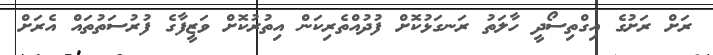
ރަށް ރަށުގެ އިގްތިސޯދީ ހާލަތު ރަނގަޅުކޮށް ފުދުއްތެރިކަން އިތުރުކޮށް ވަޒީފާގެ ފުރުސަތުތައް އެރަށް